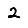
Digit: 2